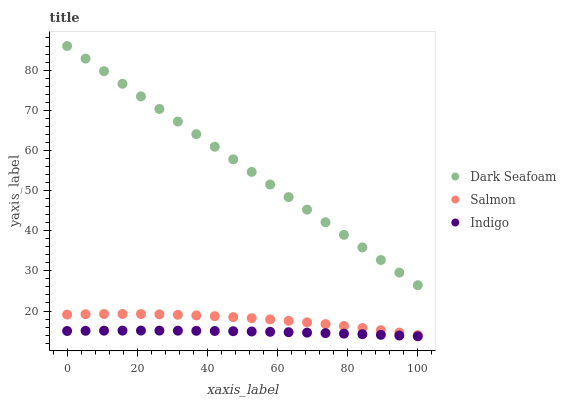
| xaxis_label | Dark Seafoam | Salmon | Indigo |
 | --- | --- | --- | --- |
 | 0 | 86 | 19.1 | 15 |
 | 5.26 | 82.9 | 19.2 | 15.1 |
 | 10.5 | 79.7 | 19.3 | 15.1 |
 | 15.8 | 76.6 | 19.3 | 15.1 |
 | 21.1 | 73.5 | 19.2 | 15.1 |
 | 26.3 | 70.3 | 19.2 | 15.1 |
 | 31.6 | 67.2 | 19.1 | 15.1 |
 | 36.8 | 64.1 | 18.9 | 15.1 |
 | 42.1 | 60.9 | 18.7 | 15 |
 | 47.4 | 57.8 | 18.5 | 15 |
 | 52.6 | 54.7 | 18.2 | 14.9 |
 | 57.9 | 51.5 | 17.9 | 14.8 |
 | 63.2 | 48.4 | 17.6 | 14.7 |
 | 68.4 | 45.2 | 17.2 | 14.6 |
 | 73.7 | 42.1 | 16.7 | 14.5 |
 | 78.9 | 39 | 16.3 | 14.4 |
 | 84.2 | 35.8 | 15.8 | 14.2 |
 | 89.5 | 32.7 | 15.2 | 14.1 |
 | 94.7 | 29.6 | 14.6 | 13.9 |
 | 100 | 26.4 | 14 | 13.7 |